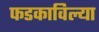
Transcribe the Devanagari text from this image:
फडकाविल्या